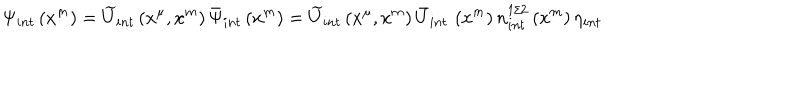
LaTeX: \hspace { - 1 . 5 c m } \Psi _ { i n t } \left( x ^ { m } \right) = \widetilde { U } _ { i n t } \left( x ^ { \mu } , x ^ { m } \right) \bar { \Psi } _ { i n t } \left( x ^ { m } \right) = \widetilde { U } _ { i n t } \left( x ^ { \mu } , x ^ { m } \right) \bar { U } _ { i n t } \, \left( x ^ { m } \right) n _ { i n t } ^ { 1 / 2 } \left( x ^ { m } \right) \eta _ { i n t }